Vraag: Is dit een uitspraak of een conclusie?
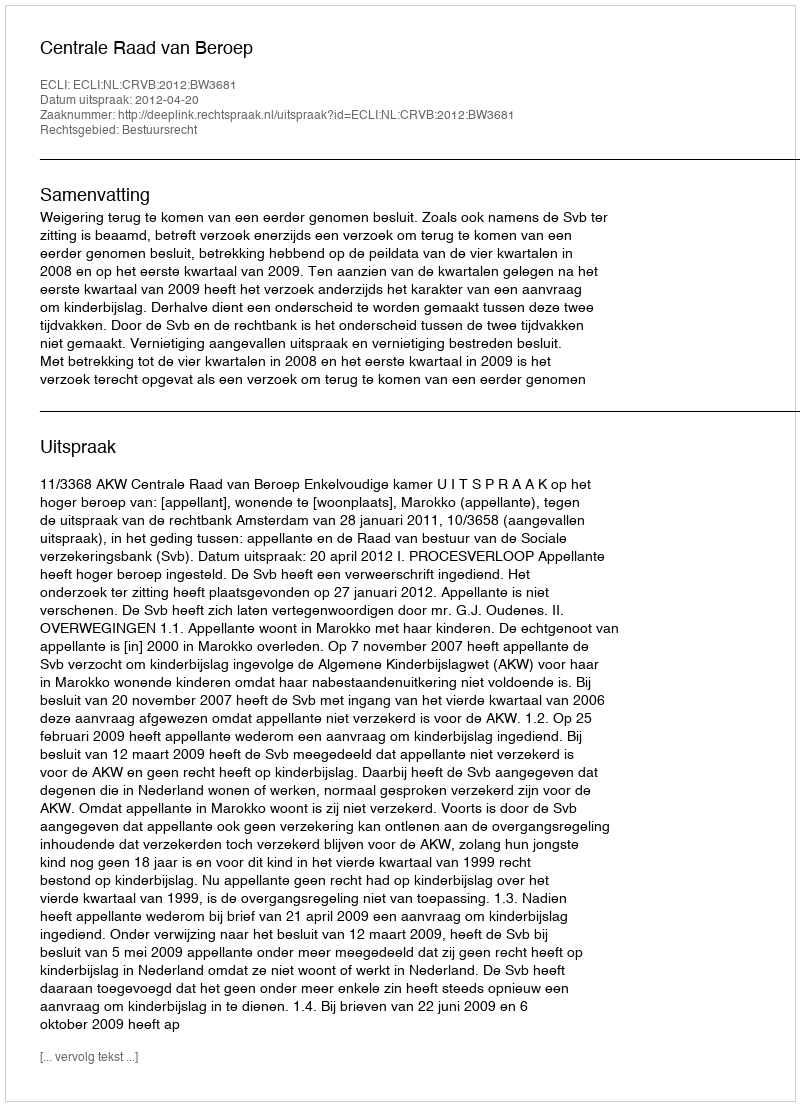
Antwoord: Uitspraak